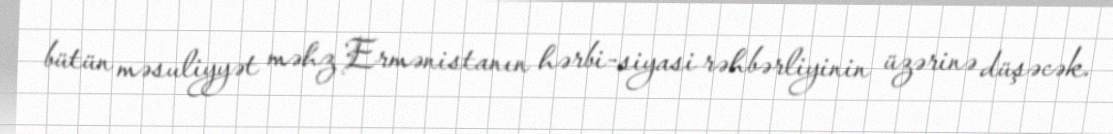
bütün məsuliyyət məhz Ermənistanın hərbi-siyasi rəhbərliyinin üzərinə düşəcək.